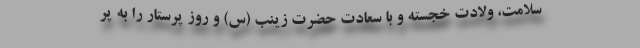
سلامت، ولادت خجسته و با سعادت حضرت زینب (س) و روز پرستار را به پر